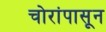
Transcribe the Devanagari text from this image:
चोरांपासून